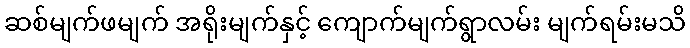
ဆစ်မျက်ဖမျက် အရိုးမျက်နှင့် ကျောက်မျက်ရွာလမ်း မျက်ရမ်းမသိ